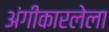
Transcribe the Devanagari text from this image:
अंगीकारलेला